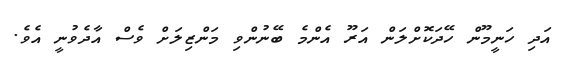
އަދި ހަނީމޫން ހޭދަކޮށްލަން އަރޫ އެންމެ ބޭނުންވި މަންޒިލަށް ވެސް އާދެވުނީ އެވެ.